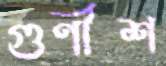
গুণীশ